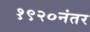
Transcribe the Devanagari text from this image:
१९२०नंतर